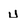
Character: u